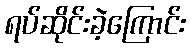
ရပ်ဆိုင်းခဲ့ကြောင်း